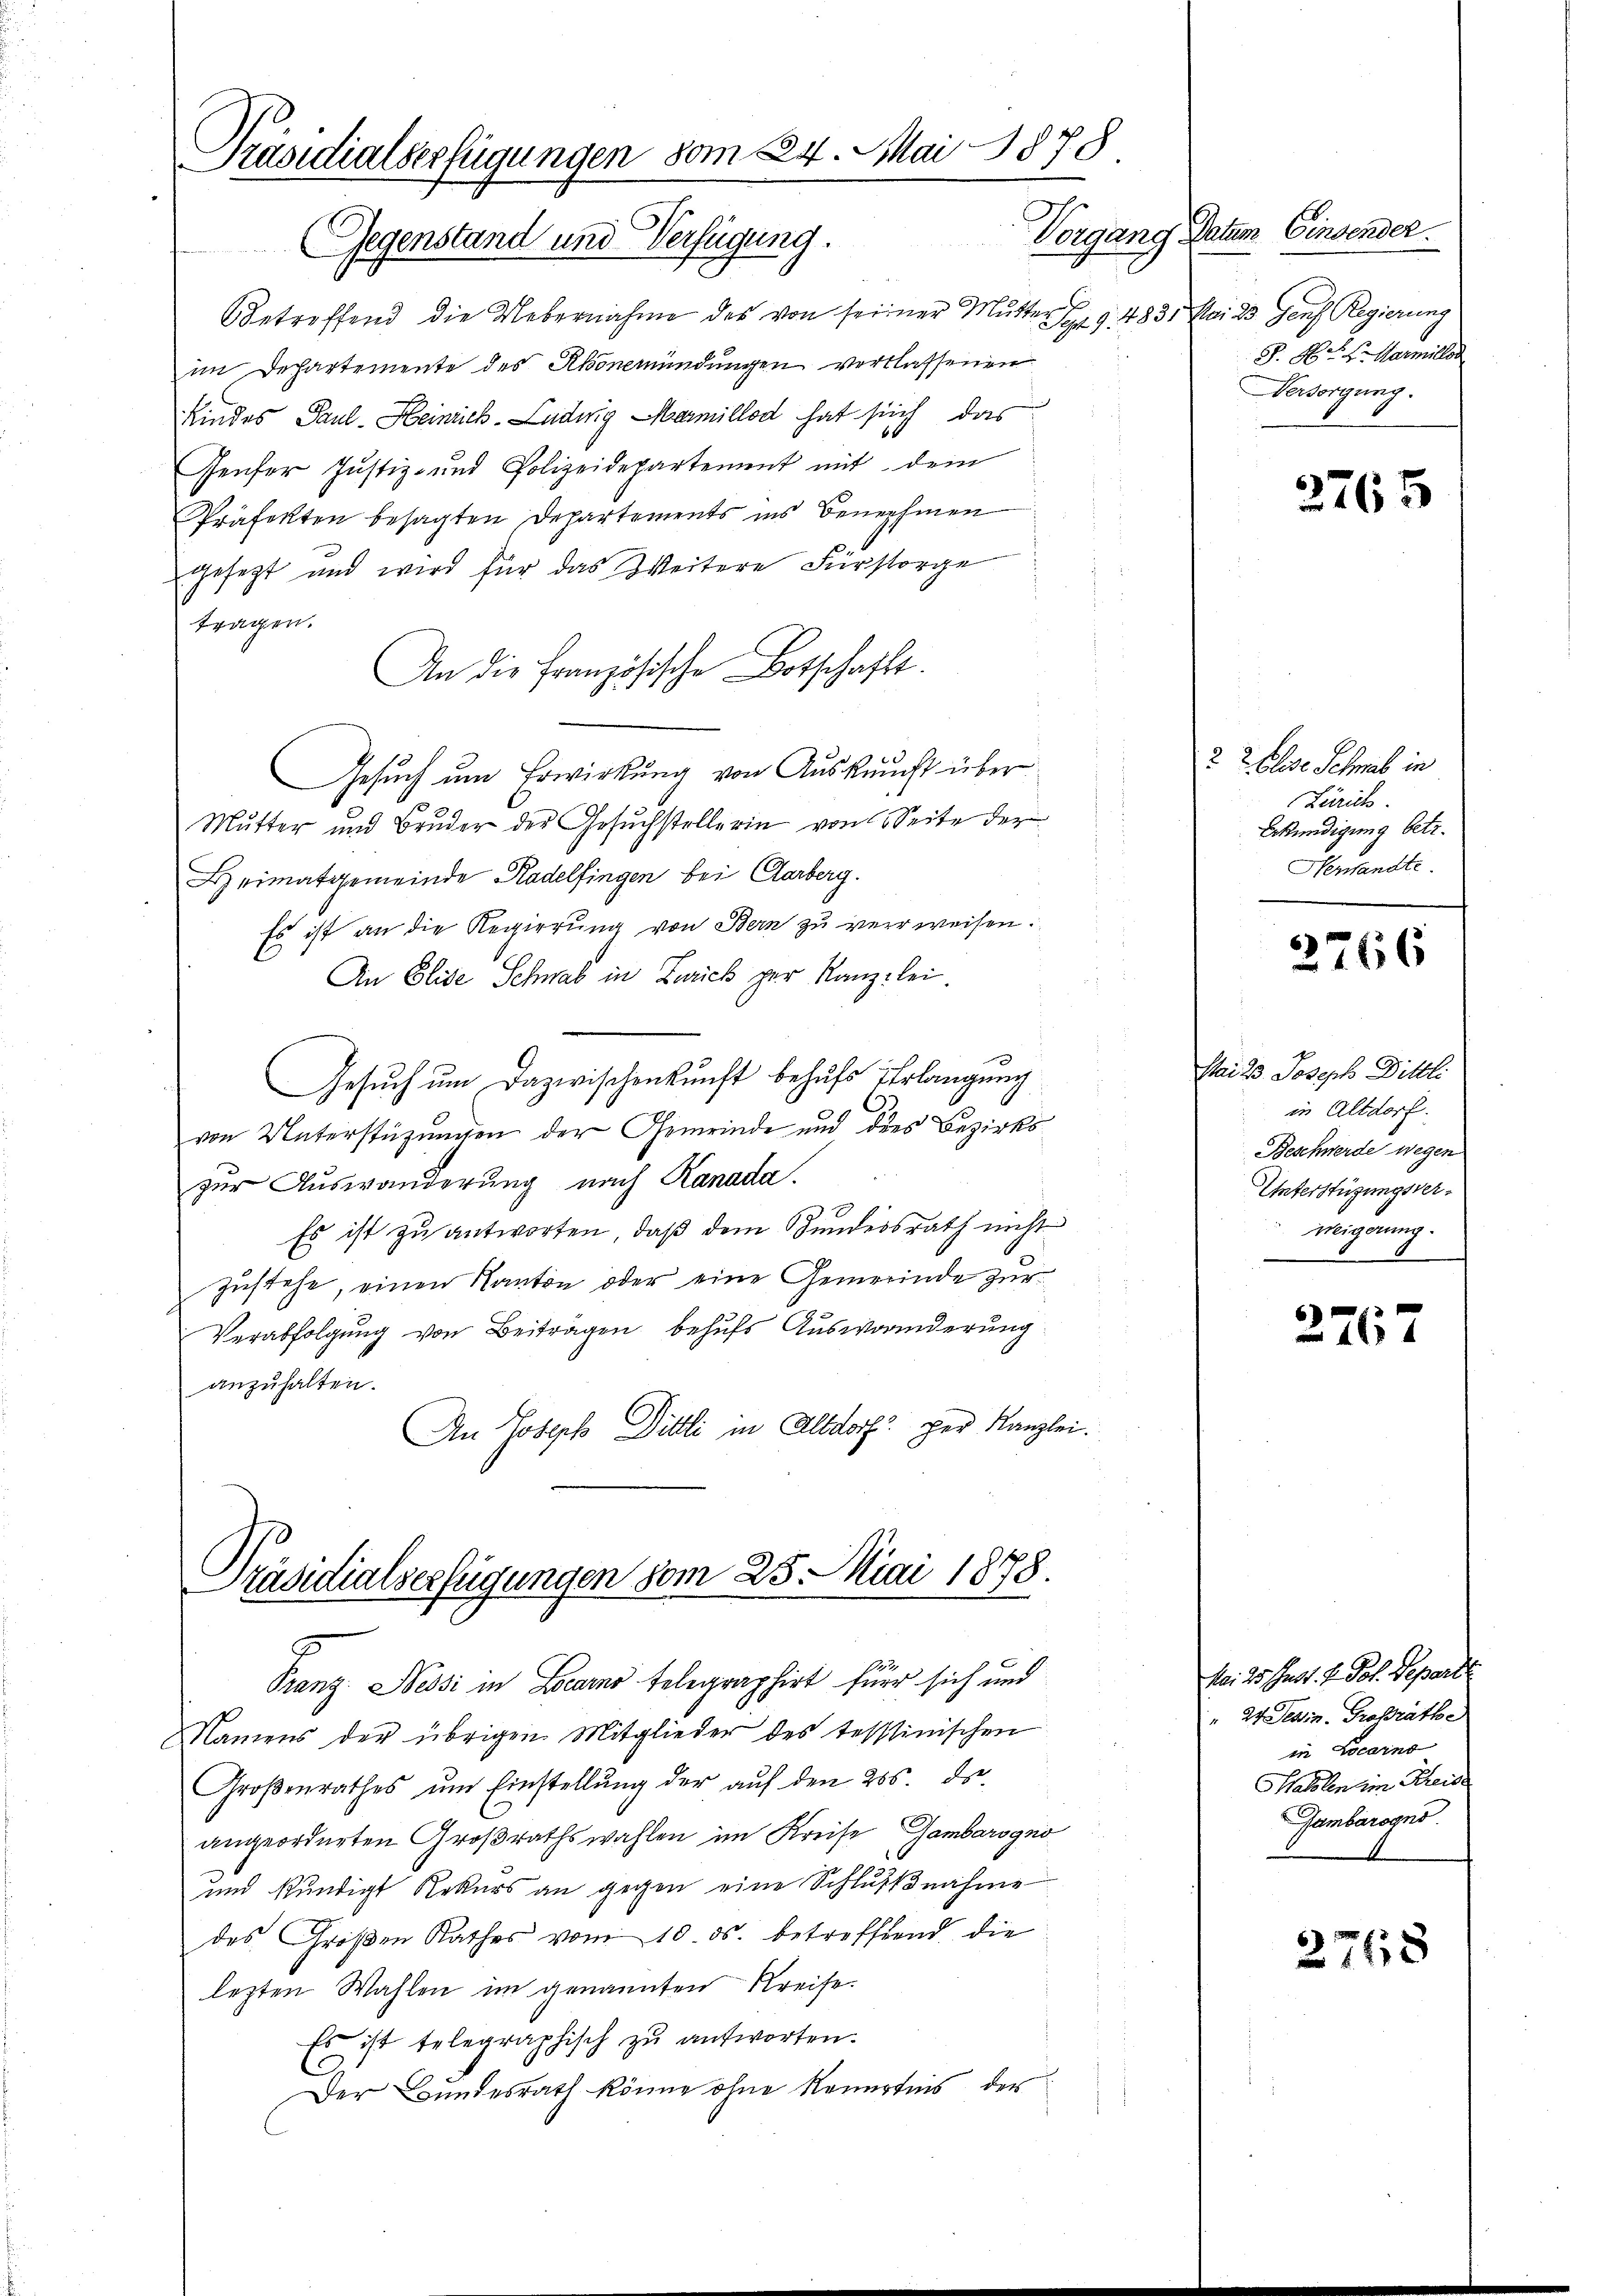
Präsidialserfügungen vom 224. Mai 1878
Gegenstand und Verfügung.

i
Betreffend die Uebernahme des von seiner Mutter Syz 9. 4831
im Departemente des Abonemündungen verlassenen
Kindes Paul - Heinrich-Ludwig Marillod hat sich das
66
Genfer Justiz- und Polizeidepartement mit dem
Präfekten besagten Departements ins Benehmen
gesezt und wird für das Weitere Fürsorge
tragen.
An die Französische Botschafft.
Gesuch um Erwirkung von Auskaucht über
Mutter und Bruder der Gesuchstellerin von Seite der
Heimatgemeinde Radelfingen bei Carberg.
Es ist an die Regierung von Bern zu verweisen.
An Elise Schnal in Zürich per Kanzlei
Gesuch um Dazwischenkunft behufs Erlangung
von Unterstüzungen der Gemeinde und dies Bezirkszur Auswanderung nach Kanada.
Es ist zu antworten, daß dem Bundesrath nicht
zŭstehe, einen Kanton oder eine Gemeinde zur
Verabfolgung von Beiträgen behufs Auswanderung
anzuhalten.
An Joseph Dittli in Altdorf per Kanzlei.

Präsidialverfügungen vom 25. Mai 1878.

Franz. Nessi in Larno telegraphirt für sich und
Namens der übrigen Mitglieder des tessinischen
Großenrathes um Einstellung der auf den 265. ds
angeordneten Großrathswahlen im Kreise Gambarogno
und stündigt Rekurs an gegen eine Schlußnahme
des Großen Rathes vom 10. ds. betreffend die
lezten Wahlen im genannten Kreise.
Es ist telegraphisch zu antworten.
Der Bundesrath könne ohne Kenntnis der

Vorgang Datum. Einsender.
Mai 23 Genf Regierung
S. Nr. 4. Warmillen
Versorgung.

2765

2 x Else Schmal in
Zürich
Ekündigung betr.
Herwandte

2766

Mai 23. Joseph Dittli
in Altdorf.
Beschwerde wegen
Unterstüzungsverweigerung.

2767

Mai 25 Just. V. Jos. Departe
" 27. Sein Großrathe
in Locarno
atolen im Kreise
Gambarogno

2748